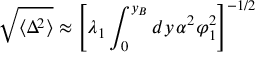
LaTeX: \sqrt { \langle \Delta ^ { 2 } \rangle } \approx \left[ \lambda _ { 1 } \int _ { 0 } ^ { y _ { B } } d y \, \alpha ^ { 2 } \varphi _ { 1 } ^ { 2 } \right] ^ { - 1 / 2 }